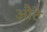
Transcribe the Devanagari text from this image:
औटे